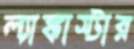
ল্যাঙ্কাস্টার